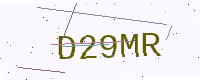
Text: D29MR